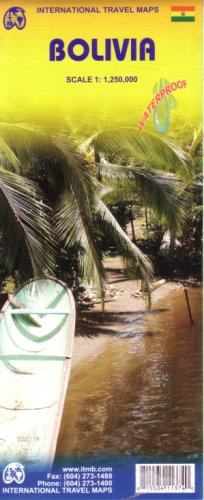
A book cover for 2008*** Bolivia 1:1,250,000 Travel Map (English, Spanish and French Edition); ITM Canada; Travel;